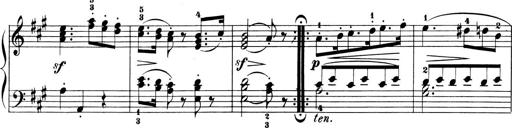
Title: 6 Piano Sonatinas
Composer: Cornelius Gurlitt